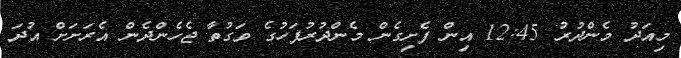
މިއަދު މެންދުރު 12:45 އިން ފެށިގެން މެންދުރުފަހުގެ ވަގުތާ ޖެހެންދެން އެރަށަށް އުދަ